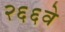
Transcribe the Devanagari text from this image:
२६६वे